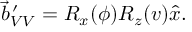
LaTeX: \vec { b } _ { V V } ^ { \, \prime } = R _ { x } ( \phi ) R _ { z } ( v ) \hat { x } .